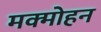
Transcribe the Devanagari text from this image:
मक्मोहन